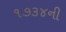
૧૭૩૪ની